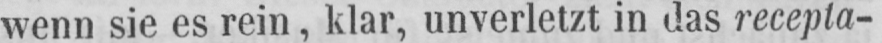
wenn sie es rein, klar, unverletzt in das recepta-